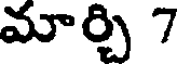
మార్చి 7